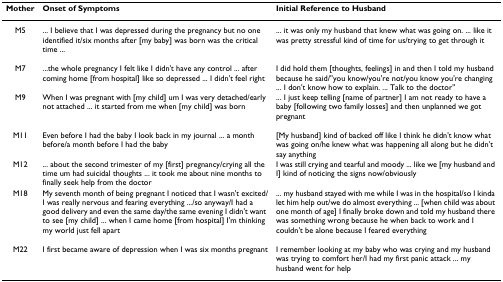
<table><thead><tr><td><b>Mother</b></td><td><b>Onset of Symptoms</b></td><td><b>Initial Reference to Husband</b></td></tr></thead><tbody><tr><td>M5</td><td>... I believe that I was depressed during the pregnancy but no one identified it/six months after [my baby] was born was the critical time ...</td><td>... it was only my husband that knew what was going on. ... like it was pretty stressful kind of time for us/trying to get through it</td></tr><tr><td>M7</td><td>...the whole pregnancy I felt like I didn&#x27;t have any control ... after coming home [from hospital] like so depressed ... I didn&#x27;t feel right</td><td>I did hold them [thoughts, feelings] in and then I told my husband because he said/&quot;you know/you&#x27;re not/you know you&#x27;re changing ... I don&#x27;t know how to explain. ... Talk to the doctor&quot;</td></tr><tr><td>M9</td><td>When I was pregnant with [my child] um I was very detached/early not attached ... it started from me when [my child] was born</td><td>... I just keep telling [name of partner] I am not ready to have a baby [following two family losses] and then unplanned we got pregnant</td></tr><tr><td>M11</td><td>Even before I had the baby I look back in my journal ... a month before/a month before I had the baby</td><td>[My husband] kind of backed off like I think he didn&#x27;t know what was going on/he knew what was happening all along but he didn&#x27;t say anything</td></tr><tr><td>M12</td><td>... about the second trimester of my [first] pregnancy/crying all the time um had suicidal thoughts ... it took me about nine months to finally seek help from the doctor</td><td>I was still crying and tearful and moody ... like we [my husband and I] kind of noticing the signs now/obviously</td></tr><tr><td>M18</td><td>My seventh month of being pregnant I noticed that I wasn&#x27;t excited/I was really nervous and fearing everything .../so anyway/I had a good delivery and even the same day/the same evening I didn&#x27;t want to see [my child] ... when I came home [from hospital] I&#x27;m thinking my world just fell apart</td><td>... my husband stayed with me while I was in the hospital/so I kinda let him help out/we do almost everything ... [when child was about one month of age] I finally broke down and told my husband there was something wrong because he when back to work and I couldn&#x27;t be alone because I feared everything</td></tr><tr><td>M22</td><td>I first became aware of depression when I was six months pregnant</td><td>I remember looking at my baby who was crying and my husband was trying to comfort her/I had my first panic attack ... my husband went for help</td></tr></tbody></table>